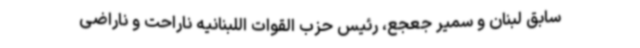
سابق لبنان و سمیر جعجع، رئیس حزب القوات اللبنانیه ناراحت و ناراضی